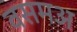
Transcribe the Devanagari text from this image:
वसमअ